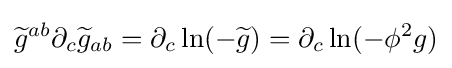
{\widetilde {g}}^{ab}\partial _{c}{\widetilde {g}}_{ab}=\partial _{c}\ln(-{\widetilde {g}})=\partial _{c}\ln(-\phi ^{2}g)